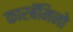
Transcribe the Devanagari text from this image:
कारबॅमिनो